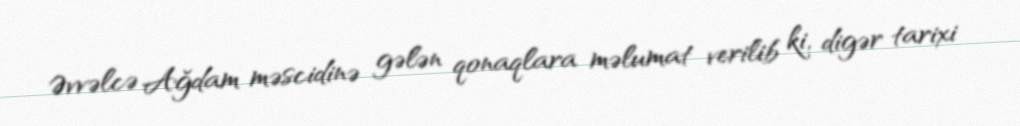
Əvvəlcə Ağdam məscidinə gələn qonaqlara məlumat verilib ki, digər tarixi